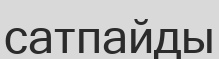
сатпайды